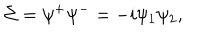
\Sigma = \psi ^ { + } \psi ^ { - } = - i \psi _ { 1 } \psi _ { 2 } ,